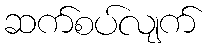
ဆက်စပ်လျက်